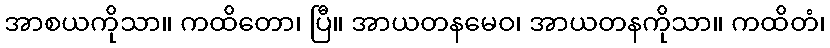
အာစယကိုသာ။ ကထိတော၊ ပြီ။ အာယတနမေဝ၊ အာယတနကိုသာ။ ကထိတံ၊